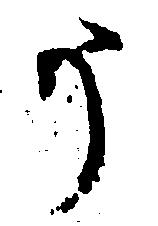
う